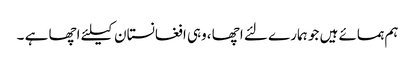
ہم ہمسائے ہیں جو ہمارے لئے اچھا ،وہی افغانستان کیلئے اچھا ہے ۔